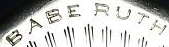
BABE RUTH